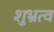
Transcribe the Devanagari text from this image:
शुभ्रत्व